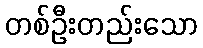
တစ်ဦးတည်းသော